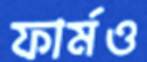
ফার্মও